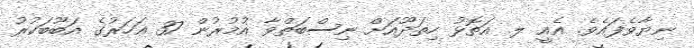
ނިޔާވެފައެވެ. އެއީ ލ. އަތޮޅު ހިތަދޫއަށް ނިސްބަތްވާ އުމުރުން 37 އަހަރުގެ އަބޫބަކުރު